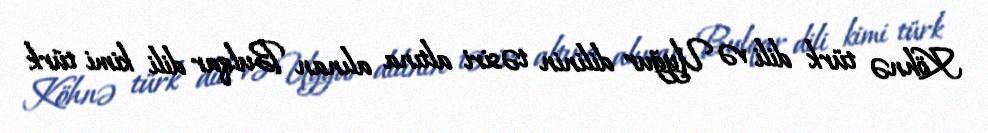
Köhnə türk dili və Uyğur dilinin təsiri altına alınan Bulqar dili kimi türk